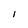
Character: l